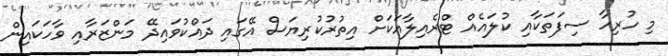
މި ހުރިހާ ސިފަތަކާއި ކުލައެއް ޓްރެއިލާއަކަށް އިތުރުކުރިޔަސް އޭގައި ދައްކުވައިދޭ މަންޒަރާއި ވާހަކައިން